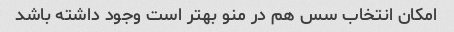
امکان انتخاب سس هم در منو بهتر است وجود داشته باشد